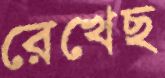
রেখেছ